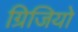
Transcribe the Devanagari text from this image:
ग्रिजियो